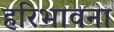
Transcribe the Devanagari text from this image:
हरिभावना